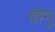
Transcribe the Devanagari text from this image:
दीनु